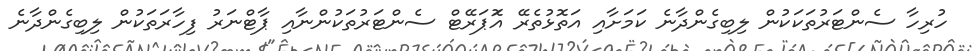
ހުރިހާ ސެންޓަރުތަކަކުން ލިބިގެންދާނެ ކަމަށާއި އަތޮޅުތެރޭ އޮަޕަރޭޓް ސެންޓަރުތަކުންނާއި ޕާޓްނަރު ފިހާރަތަކުން ލިބިގެންދާނެ